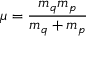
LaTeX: \mu = { \frac { m _ { q } m _ { p } } { m _ { q } + m _ { p } } }